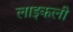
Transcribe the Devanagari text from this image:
लाइकली